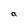
Character: a